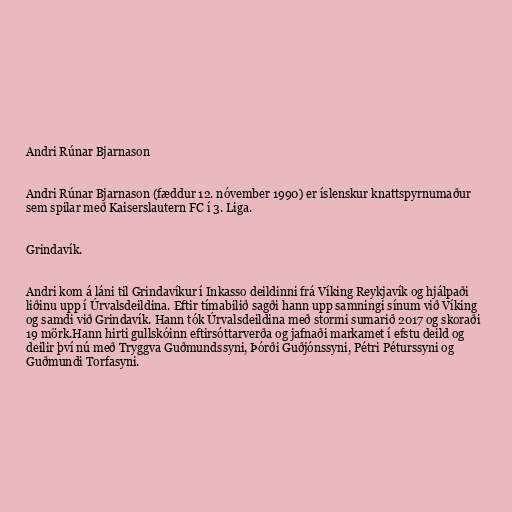
Andri Rúnar Bjarnason

Andri Rúnar Bjarnason (fæddur 12. nóvember 1990) er íslenskur knattspyrnumaður
sem spilar með Kaiserslautern FC í 3. Liga.

Grindavík.

Andri kom á láni til Grindavíkur í Inkasso deildinni frá Víking Reykjavík og hjálpaði
liðinu upp í Úrvalsdeildina. Eftir tímabilið sagði hann upp samningi sínum við Víking
og samdi við Grindavík. Hann tók Úrvalsdeildina með stormi sumarið 2017 og skoraði
19 mörk.Hann hirti gullskóinn eftirsóttarverða og jafnaði markamet í efstu deild og
deilir því nú með Tryggva Guðmundssyni, Þórði Guðjónssyni, Pétri Péturssyni og
Guðmundi Torfasyni.